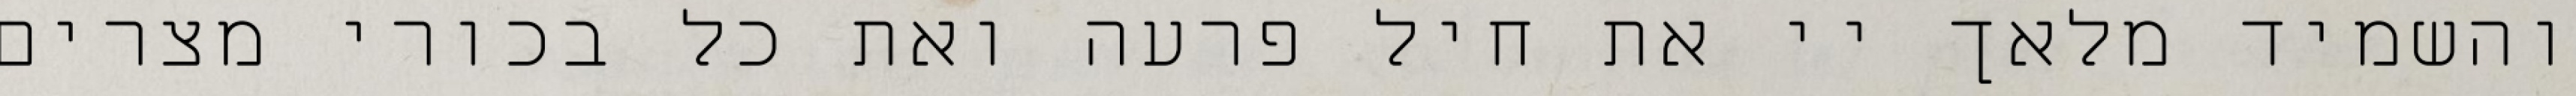
והשמיד מלאך יי את חיל פרעה ואת כל בכורי מצרים